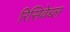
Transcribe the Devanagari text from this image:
रिसिवेब्ल